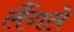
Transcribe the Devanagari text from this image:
लैंगले